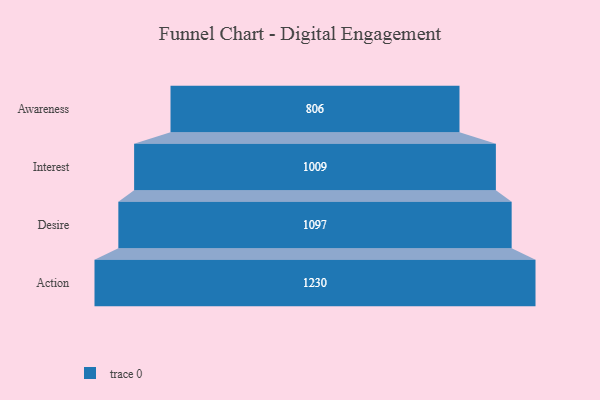
{"axis": {"x": "Stage", "y": "Value"}, "legend": [""], "data": [{"x": "Awareness", "y": 806.0, "type": ""}, {"x": "Interest", "y": 1009.0, "type": ""}, {"x": "Desire", "y": 1097.0, "type": ""}, {"x": "Action", "y": 1230.0, "type": ""}]}